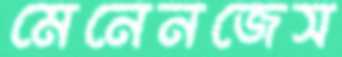
মেনেনজেস